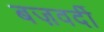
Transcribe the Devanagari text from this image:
बज़वर्दी